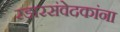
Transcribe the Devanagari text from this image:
रडारसंवेदकांना